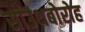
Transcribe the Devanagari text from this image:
साउथबोरोह